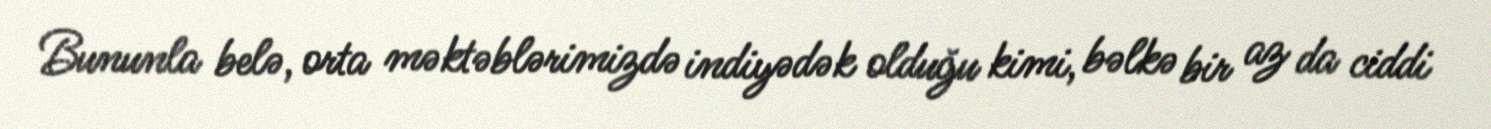
Bununla belə, orta məktəblərimizdə indiyədək olduğu kimi, bəlkə bir az da ciddi